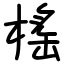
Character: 榣